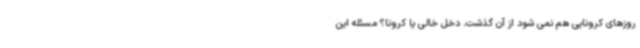
روزهای کرونایی هم نمی شود از آن گذشت. دخل خالی یا کرونا؟ مسئله این